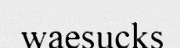
waesucks